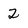
Character: 2